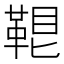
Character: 𩊷